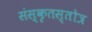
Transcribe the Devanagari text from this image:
संस्कृतस्तोत्र